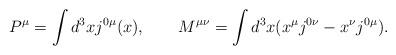
LaTeX: \begin{align*}P^{\mu} = \int d^3x j^{0\mu}(x),\quad\quad M^{\mu\nu} = \int d^3x (x^{\mu} j^{0\nu} - x^{\nu} j^{0\mu}).\end{align*}